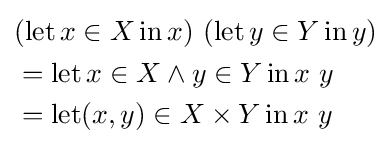
{\begin{aligned}&(\operatorname {let} x\in X\operatorname {in} x)\ (\operatorname {let} y\in Y\operatorname {in} y)\\&=\operatorname {let} x\in X\land y\in Y\operatorname {in} x\ y\\&=\operatorname {let} (x,y)\in X\times Y\operatorname {in} x\ y\end{aligned}}